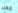
معك